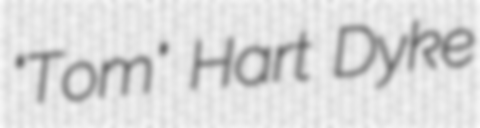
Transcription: "Tom" Hart Dyke